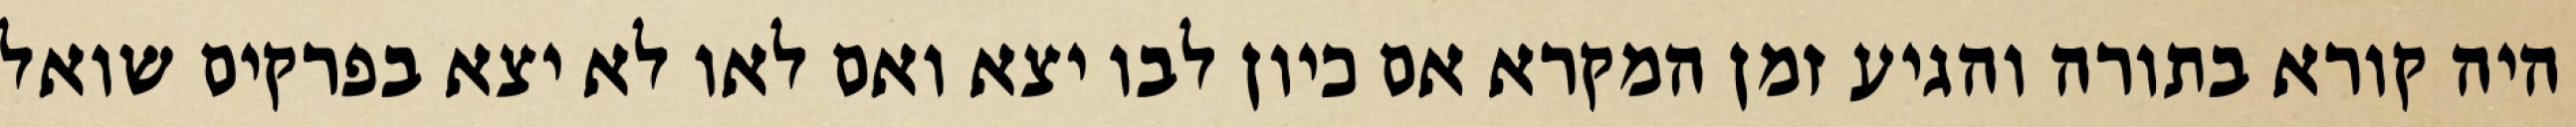
היה קורא בתורה והגיע זמן המקרא אם כיון לבו יצא ואם לאו לא יצא בפרקים שואל